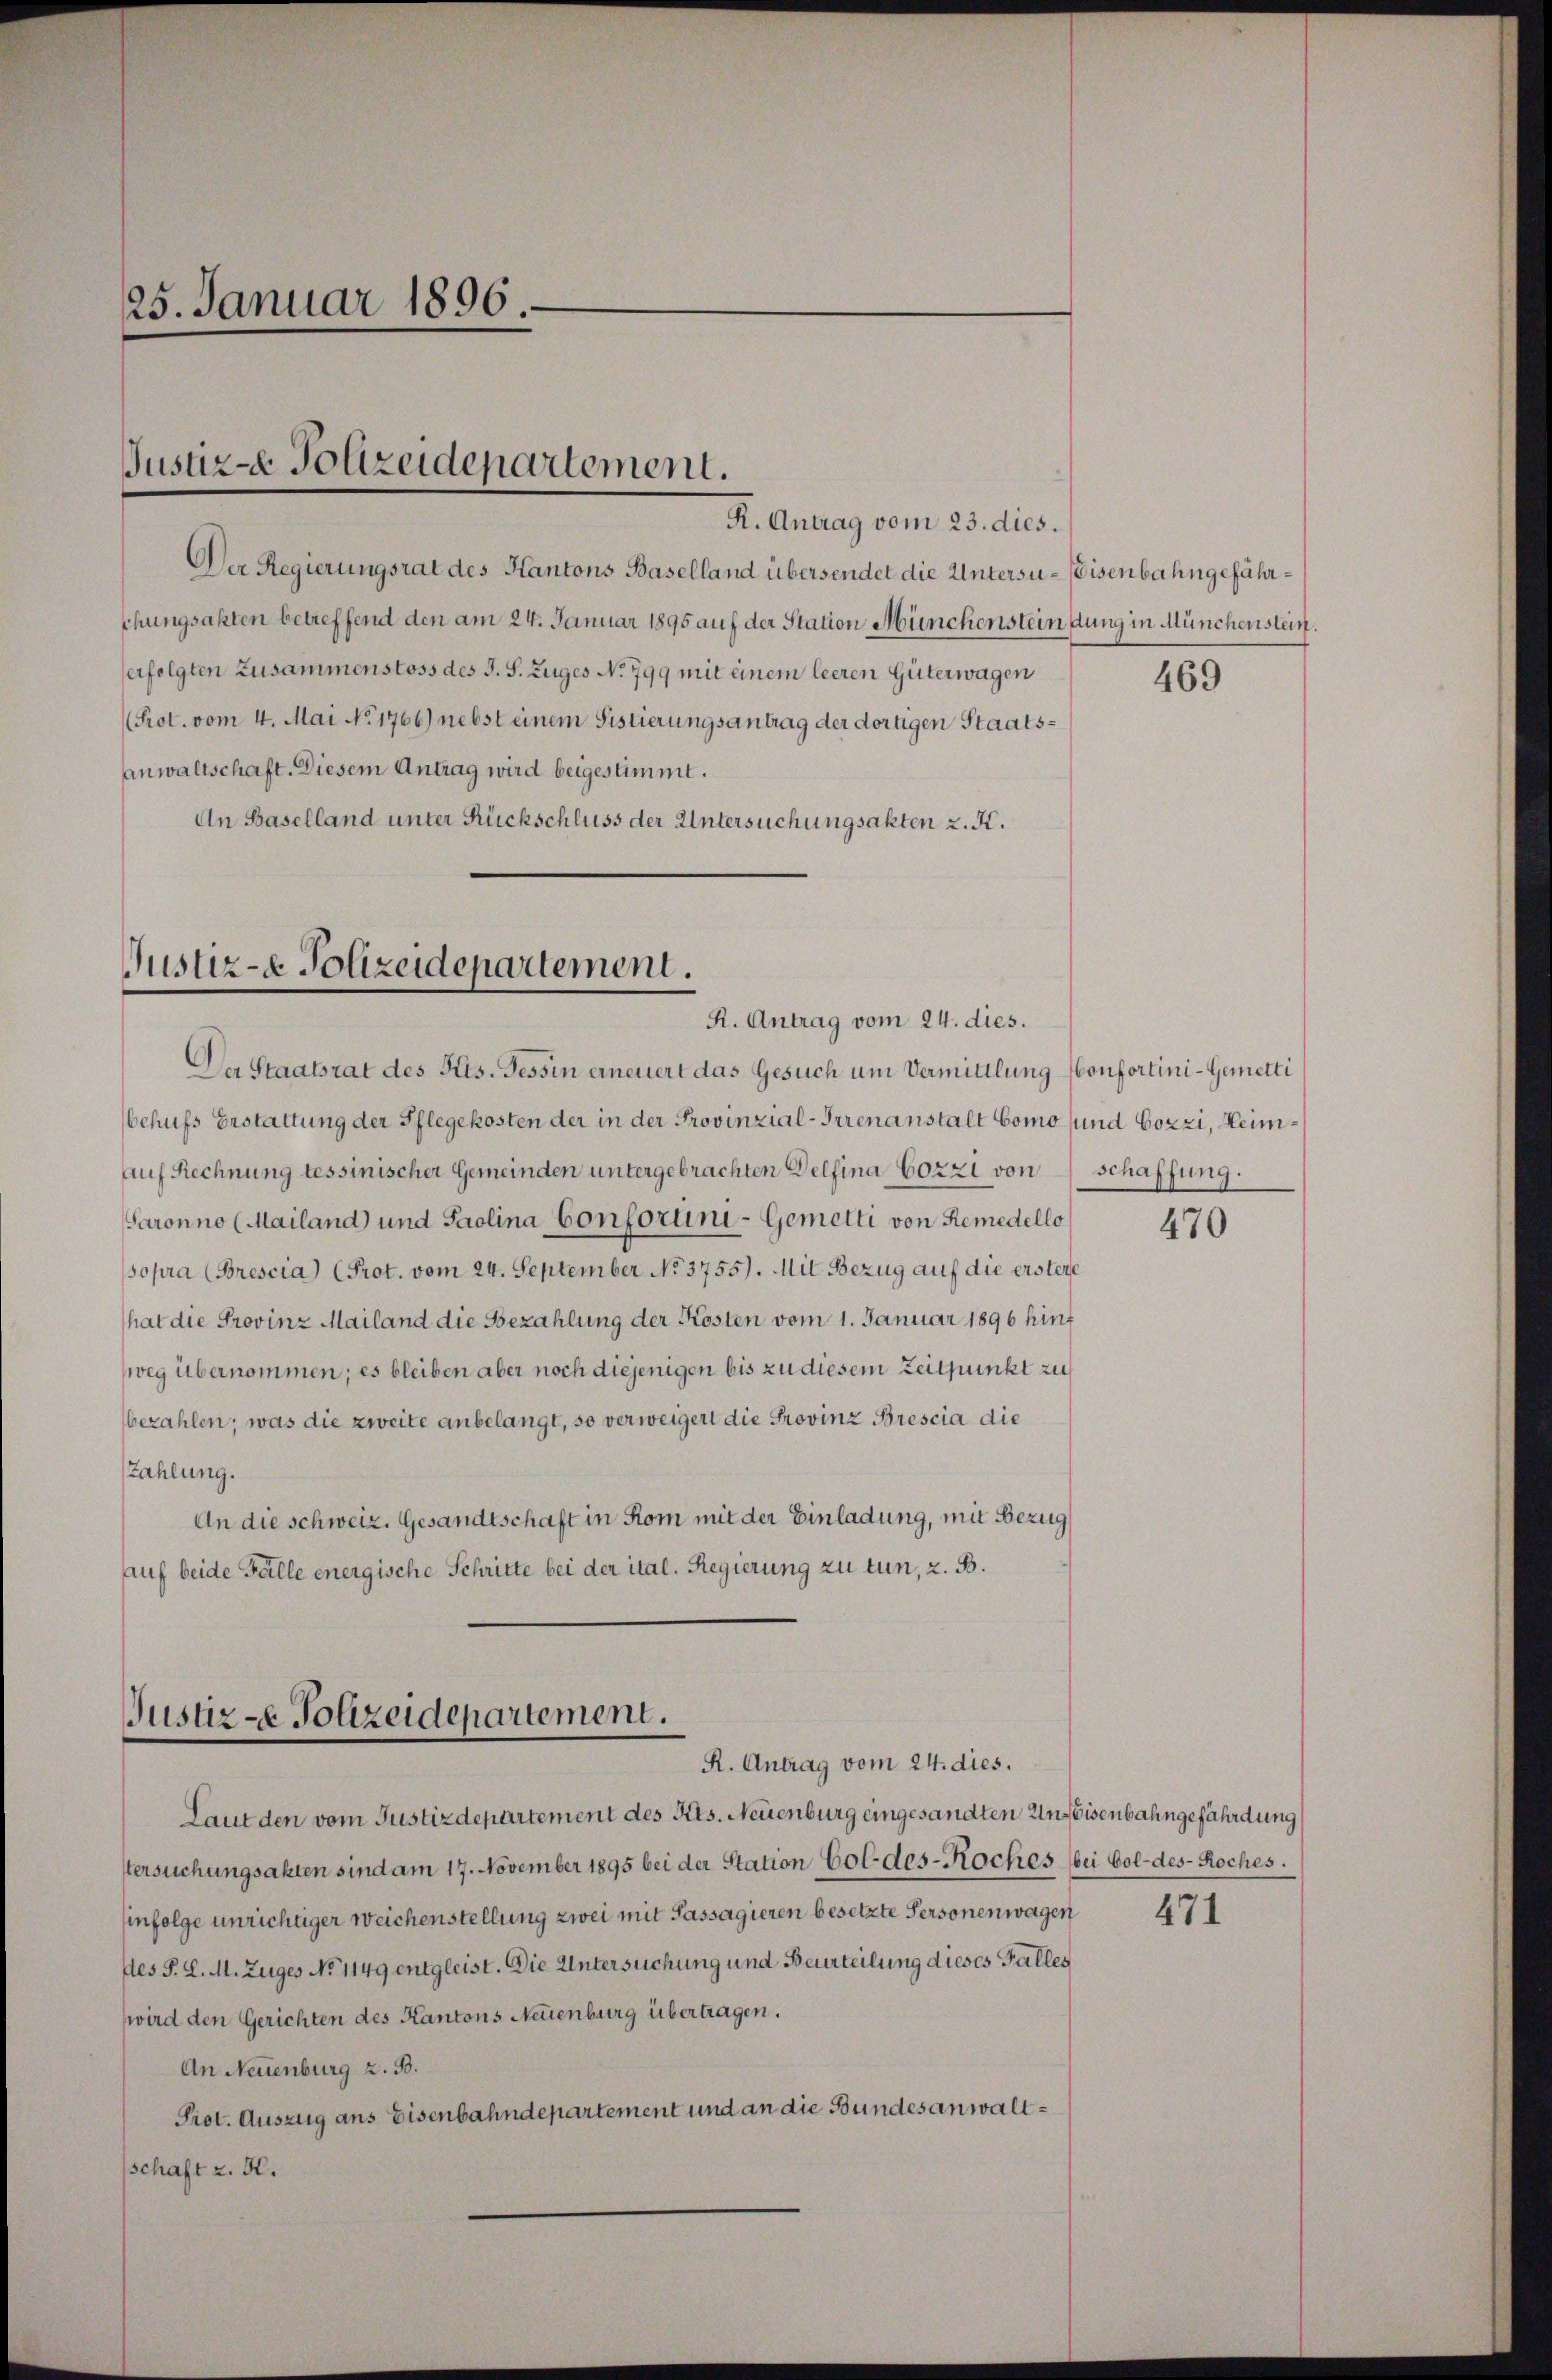
25. Januar 1896
.

Justiz-e Polizeidepartement.

R. Antrag vom 23. dies.
Der Regierungsrat des Kantons Baselland übersendet die Untersu-Eisenbahngefährchungsakten betreffend den am 24. Januar 1895 auf der Station Münchensteindung in Münchenstein,
erfolgten Zusammenstoss des J. S. Zuges No 799 mit einem leeren Güterwagen
Prot. vom 4. Mai No 1766) nebst einem Fistierungsantrag der dortigen Staatsanwaltschaft. Diesem Antrag wird beigestimmt.
An Baselland unter Rückschluss der Untersuchungsakten 2. F.

Justiz- & Polizeidepartement.
R. Antrag vom 24. dies.

Der Staatsrat des Kts. Tessin erneuert das Gesuch um Vermittlung confortini-Gemetti
behufs Erstattung der Pflegekosten der in der Provinzial-Irrenanstalt Como und Cozzi, Heimauf Rechnung tessinischer Gemeinden untergebrachten Delfina Gozzi von schaffung.
aronno (Mailand und Paolina Conforni-Gemetti von Remedello
sopra (Brescia) (Prot. vom 24. September No. 3755). Mit Bezug auf die erstere
hat die Provinz Mailand die Bezahlung der Kosten vom 1. Januar 1896 hinf
weg übernommen; es bleiben aber noch diejenigen bis zu diesem Zeitpunkt zu
bezahlen; was die zweite anbelangt, so verweigen die Provinz Brescia die
Zahlung.
An die schweiz. Gesandtschaft in Rom mit der Einladung, mit Bezug
auf beide Fälle energische Schritte bei der ital. Regierung zu tun, z. B.

Justiz-e Polizeidepartement.
R. Antrag vom 24. dies.

Laut den vom Justizdepartement des Kts. Neuenburg eingesandten Unsbisenbahngefährdung
Versuchungsakten sind am 17. November 1895 bei der Station Goldes-Koches bei Col-des- Roches.
infolge unrichtiger Weichenstellung zwei mit Passagieren besetzte Personenwagen
des P. L. M. Zuges No 1149 entgleist. Die Untersuchung und Beurteilung dieses Falles
wird den Gerichten des Kantons Neuenburg übertragen.
An Neuenburg z. B.
Prot. Auszug ans Eisenbahndepartement und an die Bundesanwaltschaft z. H.

469

470

471